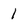
Character: l